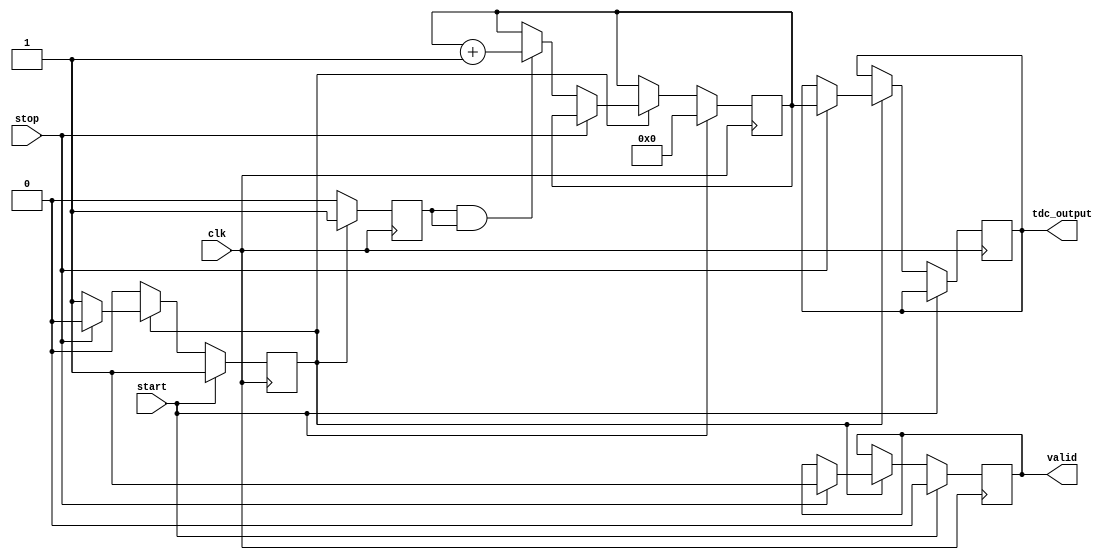
module TDC_Vernier_Delay_Line (
    input wire clk,               // System clock
    input wire start,             // Start signal
    input wire stop,              // Stop signal
    output reg [15:0] tdc_output, // 16-bit digital output for time interval
    output reg valid              // Output valid signal
);

    // Parameters for delay lines
    parameter REF_DELAY_STAGES = 16; // Number of stages in reference delay line
    parameter MEAS_DELAY_STAGES = 32; // Number of stages in measuring delay line

    // Delay line registers
    reg [REF_DELAY_STAGES-1:0] ref_delay_line;
    reg [MEAS_DELAY_STAGES-1:0] meas_delay_line;
    
    // Counter for measuring time intervals
    reg [15:0] counter;
    reg measuring;

    // Initialize the TDC
    initial begin
        tdc_output = 0;
        valid = 0;
        counter = 0;
        measuring = 0;
        ref_delay_line = 0;
        meas_delay_line = 0;
    end

    // Reference delay line generation
    always @(posedge clk) begin
        if (measuring) begin
            ref_delay_line <= {ref_delay_line[REF_DELAY_STAGES-2:0], 1'b1}; // Shift in a new reference pulse
        end else begin
            ref_delay_line <= 0; // Reset when not measuring
        end
    end

    // Measuring delay line generation
    always @(posedge clk) begin
        if (measuring) begin
            meas_delay_line <= {meas_delay_line[MEAS_DELAY_STAGES-2:0], 1'b1}; // Shift in a new measuring pulse
        end else begin
            meas_delay_line <= 0; // Reset when not measuring
        end
    end

    // Counting logic
    always @(posedge clk) begin
        if (start) begin
            measuring <= 1; // Start measuring
            counter <= 0;   // Reset counter
            valid <= 0;     // Reset valid output
        end else if (measuring) begin
            if (stop) begin
                measuring <= 0; // Stop measuring
                tdc_output <= counter; // Output the counter value
                valid <= 1; // Set valid output
            end else begin
                // Count the number of delay stages traversed
                if (meas_delay_line[0] && ref_delay_line[0]) begin
                    counter <= counter + 1; // Increment counter if both signals are high
                end
            end
        end
    end

endmodule